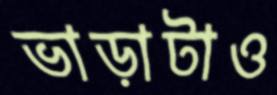
ভাড়াটাও